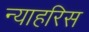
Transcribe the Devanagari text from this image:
न्याहरिस